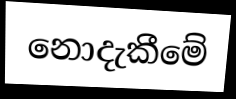
නොදැකීමේ